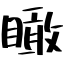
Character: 瞰